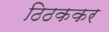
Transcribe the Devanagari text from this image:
ठिठककर